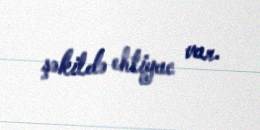
şəkildə ehtiyac var.